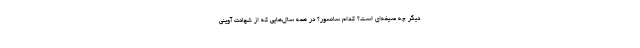
دیگر چه صیغه‌ای است؟ کدام سانسور؟ در همه‌ سال‌هایی که از شهادت آوینی